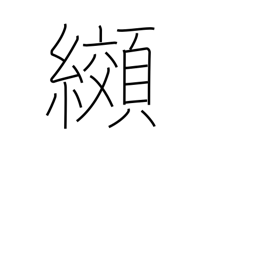
Meaning: tie-dyeing